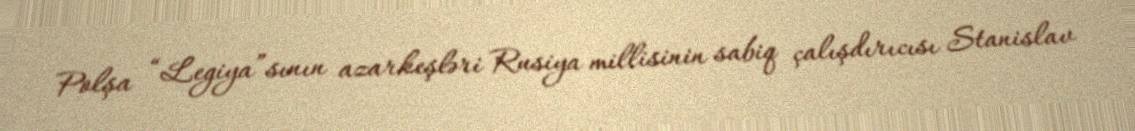
Polşa “Legiya”sının azarkeşləri Rusiya millisinin sabiq çalışdırıcısı Stanislav